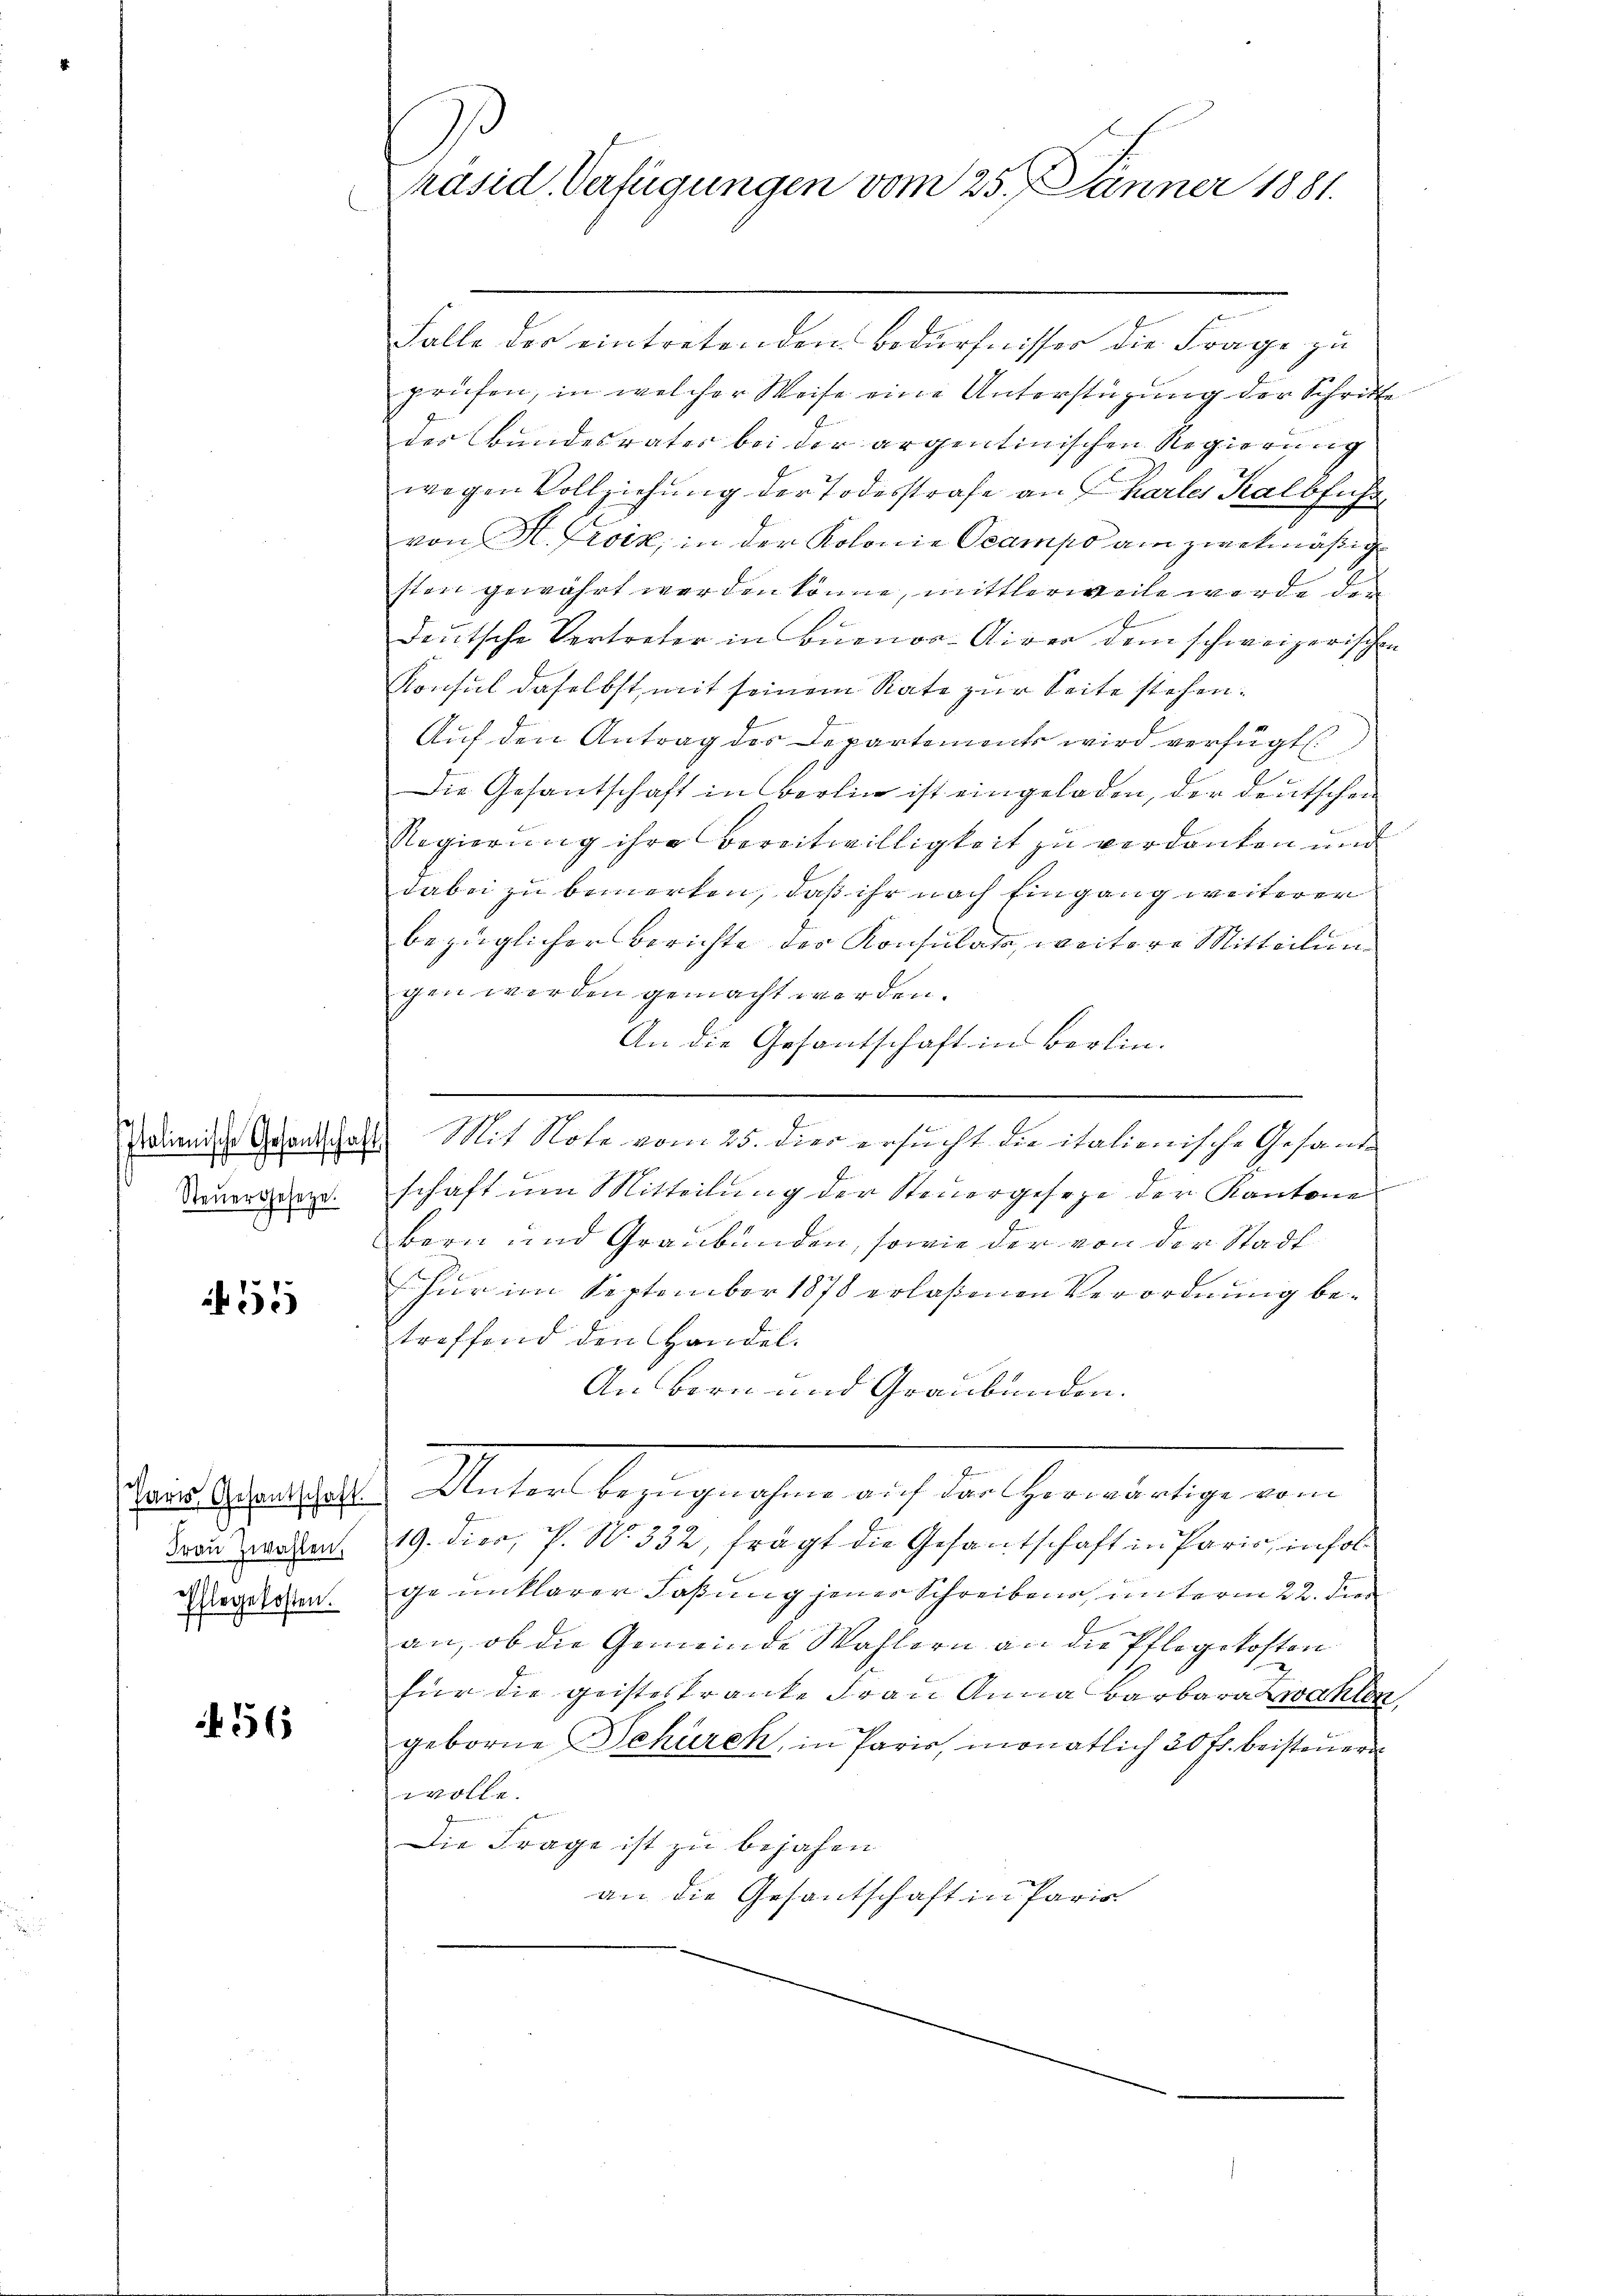
Steŭergesetze.

55

Frau Zwahlen.
Pflegekosten.

56

räsid. Verfügungen vom 25. Jänner 1881.

Falle der eintretenden Bedürfnisser die Frage zu
prüfen, in welcher Weise eine Unterstüzung der Schritte
des Bundesrater bei der argentinischen Regierung
wegen Vollziehung der Todesstrafe an hartes Kalbführ
von H. Troik, in der Kolonie Ocampo am zwekmäßige
sten gewährt werden könne, mittlerweile wurde die
deutsche Vertreter in Buenos-Aixer dem schweizerischen
Konsul daselbst, mit seinem Rate zur Seite stehen.
Auf den Antrag des Departements wird verfügt:
Die Gesantschaft in Berlin ist eingeladen, der deutschen
Regierung ihre Bereitwilligkeit zu verdanken und
dabei zu bemerken, daß ihr nach Eingang weiterer
bezüglicher Berichte der Konsulato, weitere Mitteilung
gen werden gemacht werden.
An die Gesantschaft in Berlin.
sdienische Gesandtschaft Mit Note vom 25. dies ersucht die italienische Gesande
schaft um Mitteilung der Steuergeseze der Kantone
Bern und Graubünden, sowie der von der Stadt
Für im September 1878 erlaßenen Verordnung betreffend den Handel.
An Bern und Graubünden.
 . . . . . . Seitern bezeigenehmen auch der Gener eigen eine
19. dieo, P. N. 332, frägt die Gesantschaft in Paris, infolge unklarer Faßung jener Schreibens unterm 22. de
an, ob die Gemeinde Wahlern an die Pflegekosten
für die geisteskranke Frau Anna Barbarazwahlen,
geborne Schürch, in Paris, monatlich 30 fr. beisteuer
wolle.
Die Frage ist zu bejahen
an die Gesantschaft in Paris